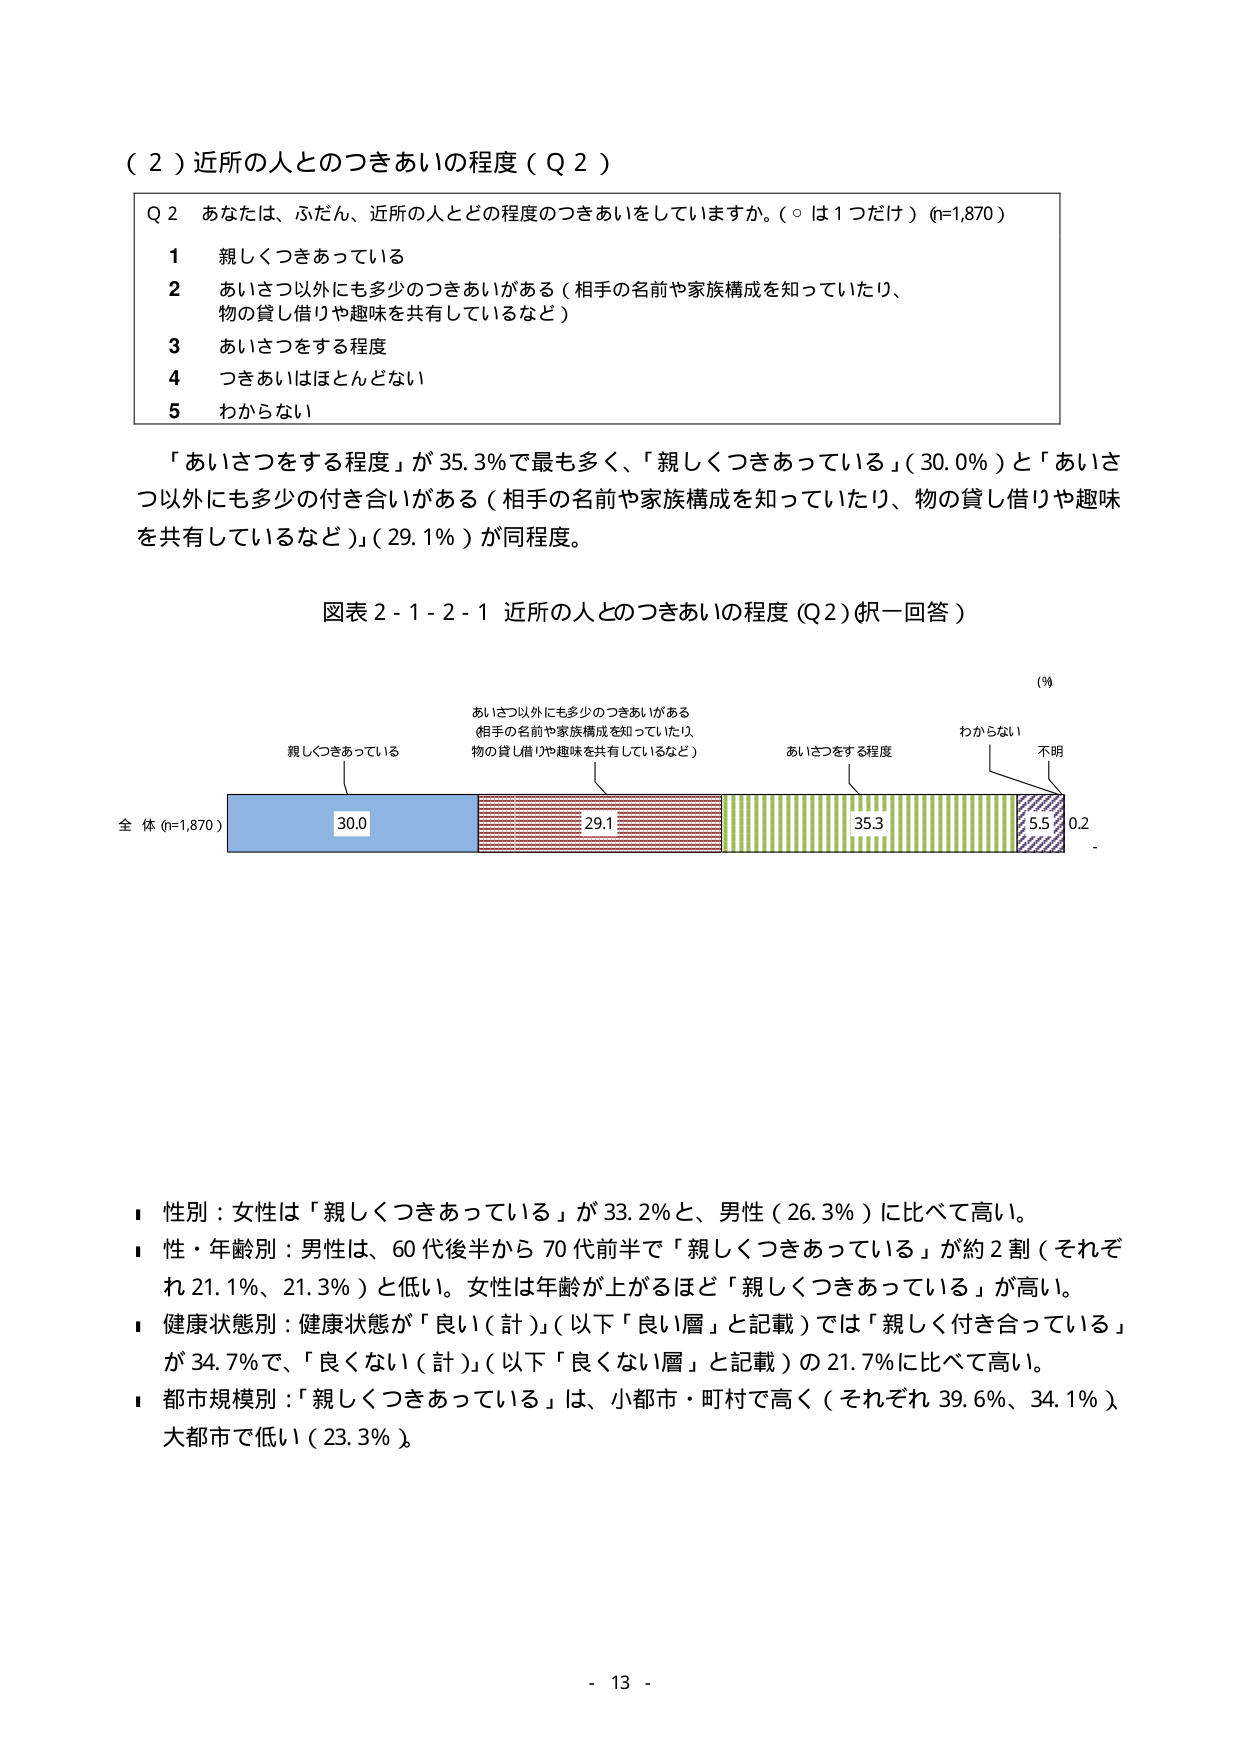
（２）近所の人とのつきあいの程度（Ｑ２）

Ｑ２　あなたは、ふだん、近所の人とどの程度のつきあいをしていますか。（○は１つだけ）（n=1,870）

１　親しくつきあっている

２　あいさつ以外にも多少のつきあいがある（相手の名前や家族構成を知っていたり、
　　物の貸し借りや趣味を共有しているなど）

３　あいさつをする程度

４　つきあいはほとんどない

５　わからない

「あいさつをする程度」が35.3％で最も多く、「親しくつきあっている」（30.0％）と「あいさつ以外にも多少の付き合いがある（相手の名前や家族構成を知っていたり、物の貸し借りや趣味を共有しているなど）」（29.1％）が同程度。

図表２-１-２-１ 近所の人とのつきあいの程度（Ｑ２）（択一回答）

（％）

親しくつきあっている